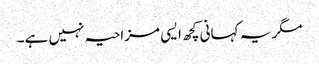
مگر یہ کہانی کچھ ایسی مزاحیہ نہیں ہے۔